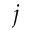
j